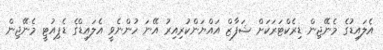
އެލައިޑުގެ މެނޭޖިން ޑިރެކްޓަރަކަށް ޝަފާޒް އައްޔަންކުރިއިރު އޭނަ ހުންނެވީ އެލައިޑްގެ ޑެޕިއުޓީ މެނޭޖިން